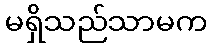
မရှိသည်သာမက